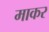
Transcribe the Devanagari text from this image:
माकर